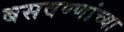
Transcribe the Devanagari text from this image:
बसवण्णांच्या